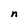
Character: n